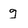
Character: g